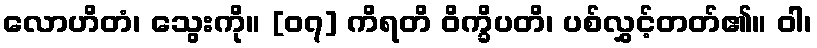
လောဟိတံ၊ သွေးကို။ [၀၇] ကိရတိ ဝိက္ခိပတိ၊ ပစ်လွှင့်တတ်၏။ ဝါ၊